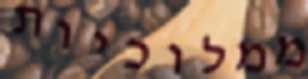
ממלוכיות